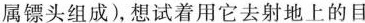
属镖头组成)，想试着用它去射地上的目